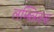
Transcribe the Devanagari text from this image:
लम्ब्लिकस